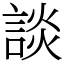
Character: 談